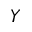
Y